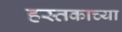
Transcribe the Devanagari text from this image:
हस्तकाच्या